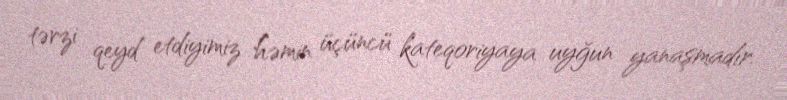
tərzi qeyd etdiyimiz həmin üçüncü kateqoriyaya uyğun yanaşmadır.